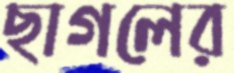
ছাগলের